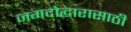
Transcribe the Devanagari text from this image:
जगदोद्धारासाठी